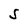
Character: S